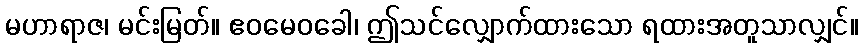
မဟာရာဇ၊ မင်းမြတ်။ ဧဝမေဝခေါ၊ ဤသင်လျှောက်ထားသော ရထားအတူသာလျှင်။